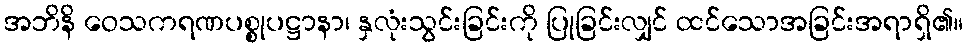
အဘိနိ ဝေသကရဏပစ္စုပဋ္ဌာနာ၊ နှလုံးသွင်းခြင်းကို ပြုခြင်းလျှင် ထင်သောအခြင်းအရာရှိ၏။